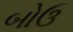
બોઉ